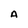
Character: A